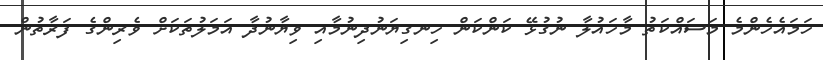
ހަމައެހެންމެ މަސައްކަތު މާހައުލާ ނުގުޅޭ ކަންކަން ހިނގިޔަނުދިނުމާއި ވިޔާނުދާ އަމަލުތަކަށް ވެރިންގެ ފަރާތުން